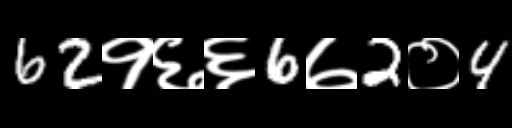
Text: 62१६६6७2०4